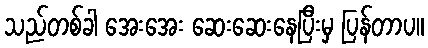
သည်တစ်ခါ အေးအေး ဆေးဆေးနေပြီးမှ ပြန်တာပ။